Civil Veterinary Department. Madras. Admin. report 1926-33 - 1926-1933
Year: 1926
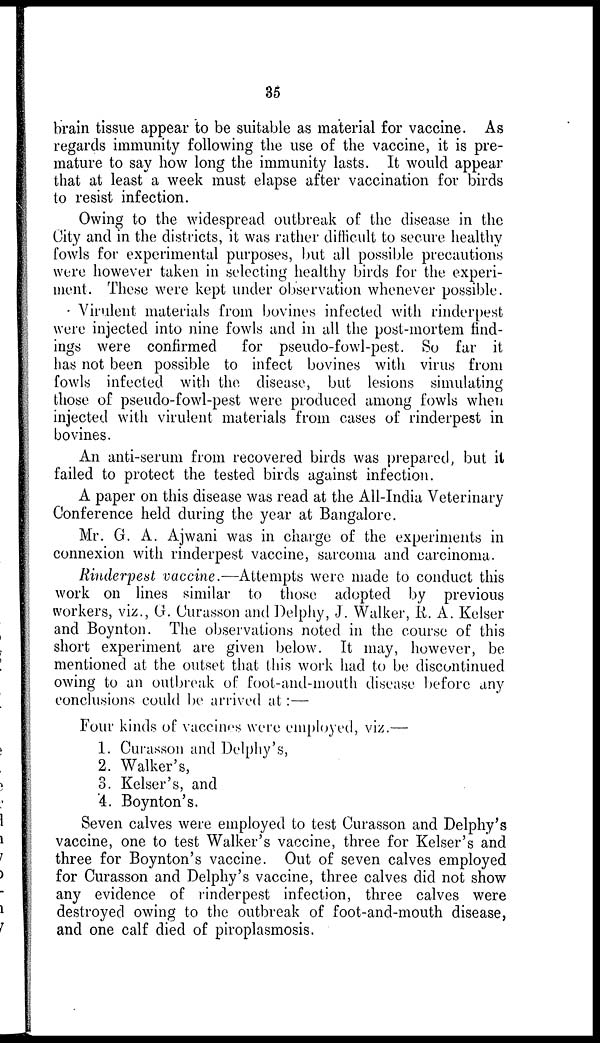
35
brain tissue appear to be suitable as material for vaccine. As
regards immunity following the use of the vaccine, it is pre-
mature to say how long the immunity lasts. It would appear
that at least a week must elapse after vaccination for birds
to resist infection.
Owing to the widespread outbreak of the disease in the
City and in the districts, it was rather difficult to secure healthy
fowls for experimental purposes, but all possible precautions
were however taken in selecting healthy birds for the experi-
ment. These were kept under observation whenever possible.
Virulent materials from bovines infected with rinderpest
were injected into nine fowls and in all the post-mortem find-
ings were confirmed
for pseudo-fowl-pest. So far it
has not been possible to infect bovines with virus from
fowls infected with the disease, but lesions simulating
those of pseudo-fowl-pest were produced among fowls when
injected with virulent materials from cases of rinderpest in
bovines.
An anti-serum from recovered birds was prepared, but it
failed to protect the tested birds against infection.
A paper on this disease was read at the All-India Veterinary
Conference held during the year at Bangalore.
Mr. G. A. Ajwani was in charge of the experiments in
connexion with rinderpest vaccine, sarcoma and carcinoma.
Rinderpest vaccine.—Attempts were made to conduct this
work on lines similar to those adopted by previous
workers, viz., G. Curasson and Delphy, J. Walker, R. A. Kelser
and Boynton. The observations noted in the course of this
short experiment are given below. It may, however, be
mentioned at the outset that this work had to be discontinued
owing to an outbreak of foot-and-mouth disease before any
conclusions could be arrived at :—
Four kinds of vaccines were employed, viz.—
1. Curasson and Delphy's,
2. Walker's,
3. Kelser's, and
4. Boynton's.
Seven calves were employed to test Curasson and Delphy's
vaccine, one to test Walker's vaccine, three for Kelser's and
three for Boynton's vaccine. Out of seven calves employed
for Curasson and Delphy's vaccine, three calves did not show
any evidence of rinderpest infection, three calves were
destroyed owing to the outbreak of foot-and-mouth disease,
and one calf died of piroplasmosis.